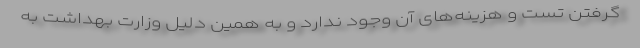
گرفتن تست و هزینه‌های آن وجود ندارد و به همین دلیل وزارت بهداشت به